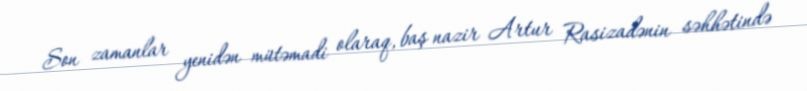
Son zamanlar yenidən mütəmadi olaraq, baş nazir Artur Rasizadənin səhhətində